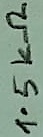
Text: 1.5KΩ